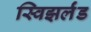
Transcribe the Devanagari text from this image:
स्विझर्लंड